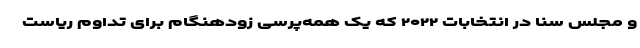
و مجلس سنا در انتخابات ۲۰۲۲ که یک همه‌پرسی زودهنگام برای تداوم ریاست